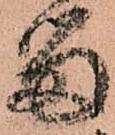
留